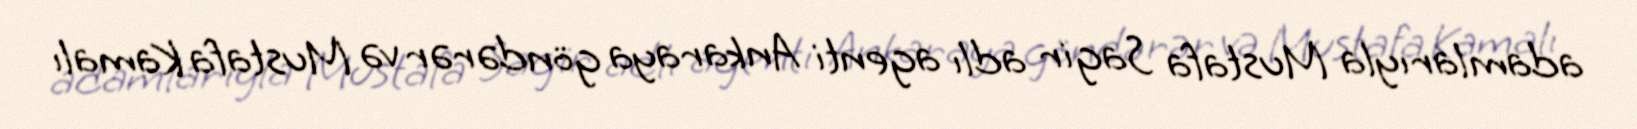
adamlarıyla Mustafa Sagir adlı agenti Ankaraya göndərər və Mustafa Kamalı